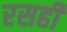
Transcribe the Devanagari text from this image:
रसही